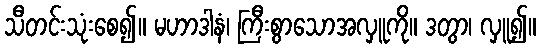
သီတင်းသုံးစေ၍။ မဟာဒါနံ၊ ကြီးစွာသောအလှူကို။ ဒတွာ၊ လှူ၍။